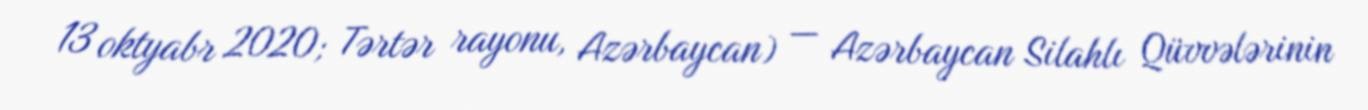
13 oktyabr 2020; Tərtər rayonu, Azərbaycan) — Azərbaycan Silahlı Qüvvələrinin